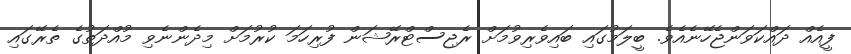
ފީއެއް ދައްކަވަންޖެހޭނެއެވެ. ބީލަމުގައި ބައިވެރިވުމަށް ރެޖިސްޓްރޭޝަން ފުރިހަމަ ކުރުމަށް މިދެންނެވި މުއްދަތުގެ ތެރޭގައި